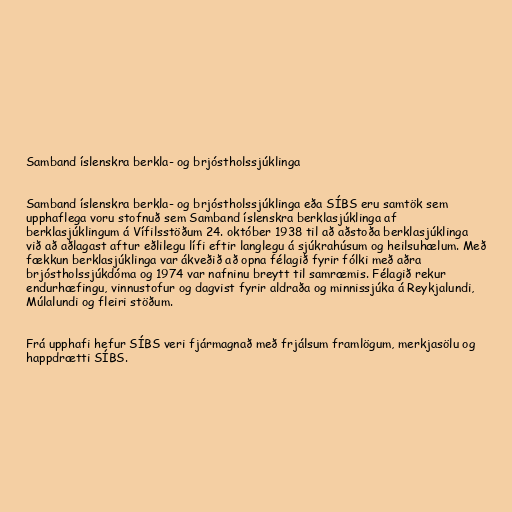
Samband íslenskra berkla- og brjóstholssjúklinga

Samband íslenskra berkla- og brjóstholssjúklinga eða SÍBS eru samtök sem
upphaflega voru stofnuð sem Samband íslenskra berklasjúklinga af
berklasjúklingum á Vífilsstöðum 24. október 1938 til að aðstoða berklasjúklinga
við að aðlagast aftur eðlilegu lífi eftir langlegu á sjúkrahúsum og heilsuhælum. Með
fækkun berklasjúklinga var ákveðið að opna félagið fyrir fólki með aðra
brjóstholssjúkdóma og 1974 var nafninu breytt til samræmis. Félagið rekur
endurhæfingu, vinnustofur og dagvist fyrir aldraða og minnissjúka á Reykjalundi,
Múlalundi og fleiri stöðum.

Frá upphafi hefur SÍBS veri fjármagnað með frjálsum framlögum, merkjasölu og
happdrætti SÍBS.